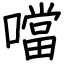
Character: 噹